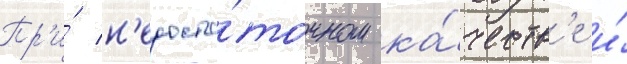
Пр'и́ н'едоста́точном ка́честв'е и́